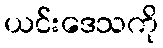
ယင်းဒေသကို